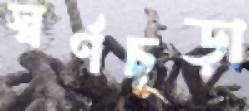
স্বর্ণচূড়া